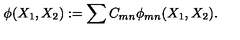
\phi ( X _ { 1 } , X _ { 2 } ) : = \sum C _ { m n } \phi _ { m n } ( X _ { 1 } , X _ { 2 } ) .